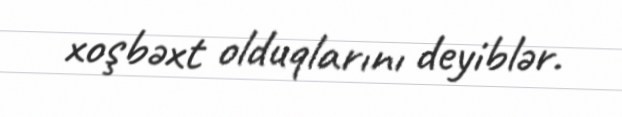
xoşbəxt olduqlarını deyiblər.